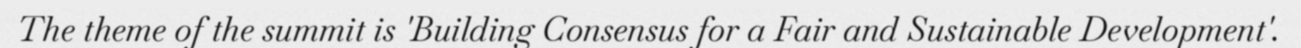
The theme of the summit is 'Building Consensus for a Fair and Sustainable Development'.